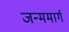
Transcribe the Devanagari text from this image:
जन्ममार्ग